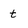
Character: t